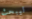
ليبحث